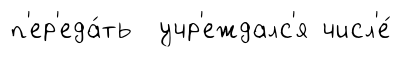
п'ер'еда́ть учр'еждалс'я числ'е́